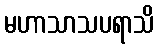
မဟာသာသပရာသိ